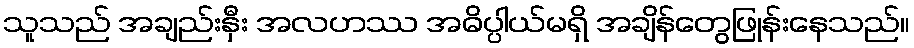
သူသည် အချည်းနှီး အလဟဿ အဓိပ္ပါယ်မရှိ အချိန်တွေဖြုန်းနေသည်။